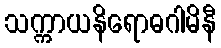
သက္ကာယနိရောဓဂါမိနီ